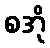
စအို